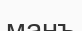
манъ